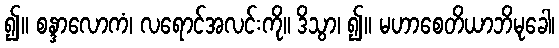
၍။ စန္ဒာလောကံ၊ လရောင်အလင်းကို။ ဒိသွာ၊ ၍။ မဟာစေတိယာဘိမုခေါ၊